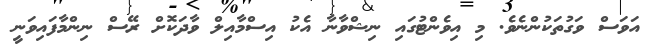
އަވަސް ވަގުތަކުންނެވެ. މި އިވެންޓުގައި ނިޝްވާނާ އެކު އިސްމާއިލް ވާދަކޮށް ރޭސް ނިންމާފައިވަނީ